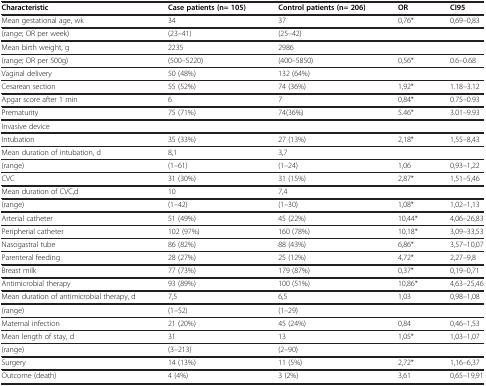
<table><thead><tr><td><b>Characteristic</b></td><td><b>Case patients (n= 105)</b></td><td><b>Control patients (n= 206)</b></td><td><b>OR</b></td><td><b>CI95</b></td></tr></thead><tbody><tr><td>Mean gestational age, wk</td><td>34</td><td>37</td><td>0,76*</td><td>0,69–0,83</td></tr><tr><td>(range; OR per week)</td><td>(23–41)</td><td>(25–42)</td><td> </td><td> </td></tr><tr><td>Mean birth weight, g</td><td>2235</td><td>2986</td><td> </td><td> </td></tr><tr><td>(range; OR per 500g)</td><td>(500–5220)</td><td>(400–5850)</td><td>0,56*</td><td>0.6–0.68</td></tr><tr><td>Vaginal delivery</td><td>50 (48%)</td><td>132 (64%)</td><td> </td><td> </td></tr><tr><td>Cesarean section</td><td>55 (52%)</td><td>74 (36%)</td><td>1,92*</td><td>1.18–3.12</td></tr><tr><td>Apgar score after 1 min</td><td>6</td><td>7</td><td>0,84*</td><td>0.75–0.93</td></tr><tr><td>Prematurity</td><td>75 (71%)</td><td>74(36%)</td><td>5.46*</td><td>3.01–9.93</td></tr><tr><td>Invasive device</td><td> </td><td> </td><td> </td><td> </td></tr><tr><td>Intubation</td><td>35 (33%)</td><td>27 (13%)</td><td>2,18*</td><td>1,55–8,43</td></tr><tr><td>Mean duration of intubation, d</td><td>8,1</td><td>3,7</td><td> </td><td> </td></tr><tr><td>(range)</td><td>(1–61)</td><td>(1–24)</td><td>1,06</td><td>0,93–1,22</td></tr><tr><td>CVC</td><td>31 (30%)</td><td>31 (15%)</td><td>2,87*</td><td>1,51–5,46</td></tr><tr><td>Mean duration of CVC,d</td><td>10</td><td>7,4</td><td> </td><td> </td></tr><tr><td>(range)</td><td>(1–42)</td><td>(1–30)</td><td>1,08*</td><td>1,02–1,13</td></tr><tr><td>Arterial catheter</td><td>51 (49%)</td><td>45 (22%)</td><td>10,44*</td><td>4,06–26,83</td></tr><tr><td>Peripherial catheter</td><td>102 (97%)</td><td>160 (78%)</td><td>10,18*</td><td>3,09–33,53</td></tr><tr><td>Nasogastral tube</td><td>86 (82%)</td><td>88 (43%)</td><td>6,86*</td><td>3,57–10,07</td></tr><tr><td>Parenteral feeding</td><td>28 (27%)</td><td>25 (12%)</td><td>4,72*</td><td>2,27–9,8</td></tr><tr><td>Breast milk</td><td>77 (73%)</td><td>179 (87%)</td><td>0,37*</td><td>0,19–0,71</td></tr><tr><td>Antimicrobial therapy</td><td>93 (89%)</td><td>100 (51%)</td><td>10,86*</td><td>4,63–25,46</td></tr><tr><td>Mean duration of antimicrobial therapy, d</td><td>7,5</td><td>6,5</td><td>1,03</td><td>0,98–1,08</td></tr><tr><td>(range)</td><td>(1–52)</td><td>(1–29)</td><td> </td><td> </td></tr><tr><td>Maternal infection</td><td>21 (20%)</td><td>45 (24%)</td><td>0,84</td><td>0,46–1,53</td></tr><tr><td>Mean length of stay, d</td><td>31</td><td>13</td><td>1,05*</td><td>1,03–1,07</td></tr><tr><td>(range)</td><td>(3–213)</td><td>(2–90)</td><td> </td><td> </td></tr><tr><td>Surgery</td><td>14 (13%)</td><td>11 (5%)</td><td>2,72*</td><td>1,16–6,37</td></tr><tr><td>Outcome (death)</td><td>4 (4%)</td><td>3 (2%)</td><td>3,61</td><td>0,65–19,91</td></tr></tbody></table>